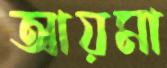
আয়মা